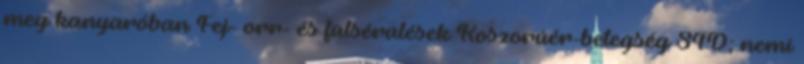
meg kanyaróban Fej- orr- és fülsérülések Koszorúér-betegség STD; nemi